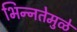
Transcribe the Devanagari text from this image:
भिन्‍नतेमुळे